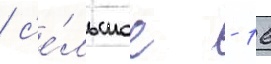
/ с'е́льское - 16